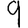
Digit: 9